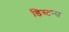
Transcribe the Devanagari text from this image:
डिस्‍टन्स